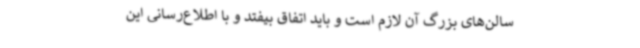
سالن‌های بزرگ آن لازم است و باید اتفاق بیفتد و با اطلاع‌رسانی این